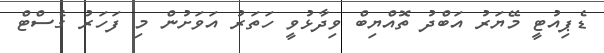
ޑެޕިއުޓީ މޭޔަރު އަބްދު ތޮއްޔިބް ވިދާޅުވީ ހަތަރު އަވަށުން މި ފަހަރު ގެސްޓް